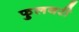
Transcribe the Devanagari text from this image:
फुलवरी